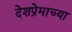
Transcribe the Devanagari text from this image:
देशप्रेमाच्या